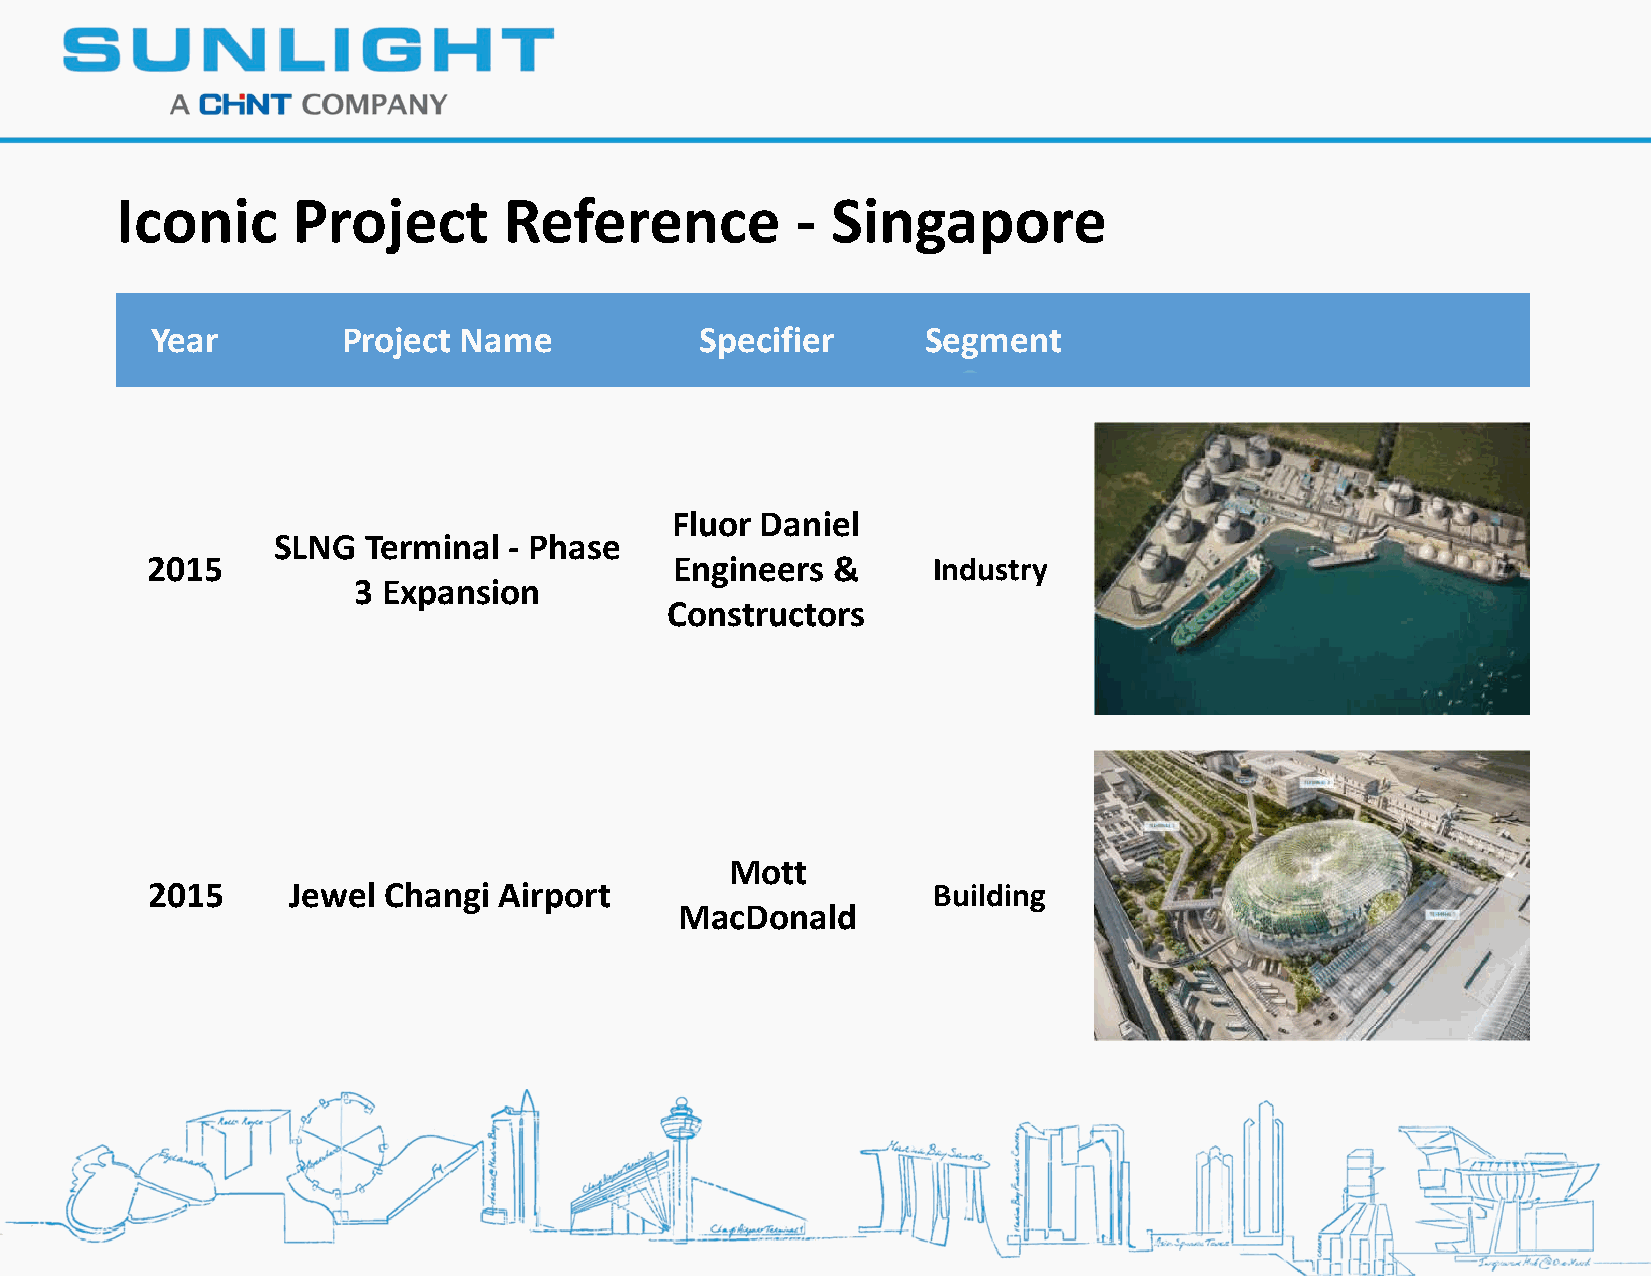
Iconic     Project       Reference           - Singapore
 Year         Project Name           Specifier      Segment
 Fluor Daniel
 SLNG  Terminal  - Phase
 2015                               Engineers &      Industry
 3 Expansion
 Constructors
 Mott
 2015     Jewel Changi  Airport                      Building   v
 MacDonald